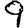
Digit: 9